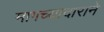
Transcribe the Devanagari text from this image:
मागच्यादाराने